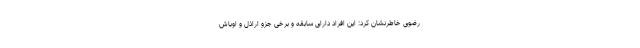
رضوی خاطرنشان کرد: این افراد دارای سابقه و برخی جزو اراذل و اوباش